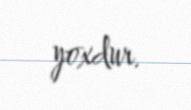
yoxdur.